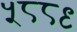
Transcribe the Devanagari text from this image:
५८८९